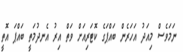
ނަމަވެސް މިއަދު އަހަރެން ބައްޕަގެ ކޮޓަރިއަށް ވަތް އިރު އެނދުމަތީ ބައްޕަ އޮތީ